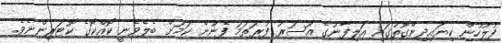
ފުލުހުން ކިޔައިދިންގޮތުގައި އަލިފާނުގެ އަސަރު ފުރަތަމަ ފެނުން ކަމަށް ބެލެވެނީ ކޮއްކޮގެ ކޮޓަރިންނެވެ.